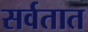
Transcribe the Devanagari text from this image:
सर्वतात